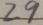
2 9